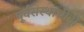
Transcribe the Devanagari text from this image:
पूर्वसंस्थांचीही